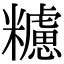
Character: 𥽜